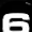
Digit: 6